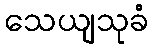
သေယျသုခံ